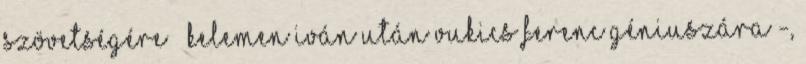
Szövetségére – Kelemen Iván után Vukics Ferenc géniu­szá­ra -,